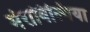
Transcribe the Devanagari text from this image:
मेराविल्गिया